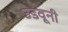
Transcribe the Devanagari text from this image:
उडवूनी